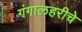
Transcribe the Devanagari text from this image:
गंगालहरीचे